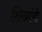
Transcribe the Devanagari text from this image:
शिखांची